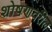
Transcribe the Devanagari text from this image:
शोषणवरील